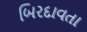
બિરદાવતા